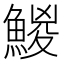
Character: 鯼